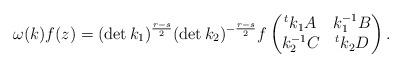
LaTeX: \begin{align*}\omega(k)f(z)=(\det k_1)^{\frac{r-s}{2}}(\det k_2)^{-\frac{r-s}{2}}f\begin{pmatrix}{}^tk_1 A & k_1^{-1}B \\ k_2^{-1}C & {}^tk_2 D\end{pmatrix}.\end{align*}